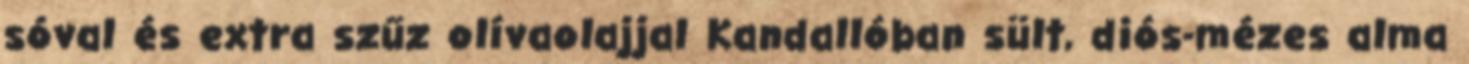
sóval és extra szűz olívaolajjal Kandallóban sült, diós-mézes alma